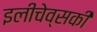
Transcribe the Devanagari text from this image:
इलीचेव्सकी